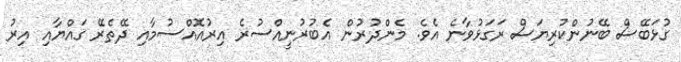
ގުޅަބޭސް ބޭނުންކުރިޔަސް ރަގަޅުވާނެ އެވެ. މެންދުރުން އެބުރުނީއްސުރެ އިރުއޮއްސުމާއި ދޭތެރޭ ގައްޔާއި އިރު